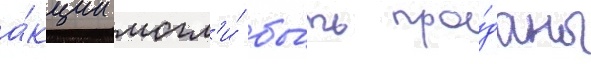
а́кции могл'и́ бы́ть про́даны